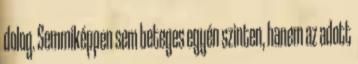
dolog. Semmiképpen sem beteges egyén szinten, hanem az adott